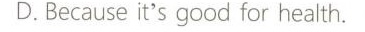
D.Because it's good for health,